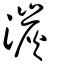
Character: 湠